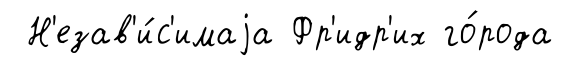
Н'езав'и́с'имаjа Фр'идр'их го́рода